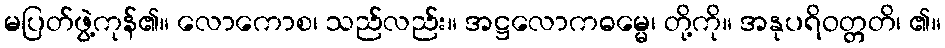
မပြတ်ဖွဲ့ကုန်၏။ လောကောစ၊ သည်လည်း။ အဋ္ဌလောကဓမ္မေ၊ တို့ကို။ အနုပရိဝတ္တတိ၊ ၏။